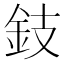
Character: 鈘